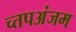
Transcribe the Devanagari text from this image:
च्तपअंजम